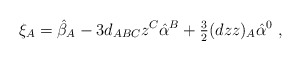
\begin{align*}\xi _A = \hat \beta _A-3d_{ABC}z^C\hat \alpha ^B +{\textstyle \frac{3}{2}}(dzz)_A \hat \alpha ^0\ , \end{align*}